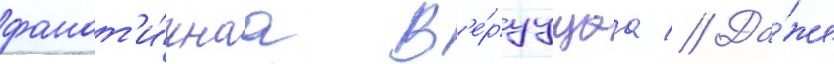
фанат'и́чнаа в'е́руущаа // Да́же